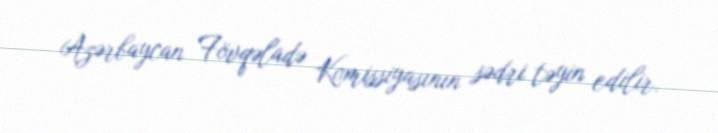
Azərbaycan Fövqəladə Komissiyasının sədri təyin edilir.